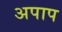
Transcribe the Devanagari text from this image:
अपाप